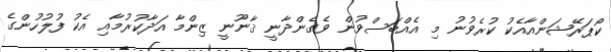
ކޯޕަރޭޝަންއާއެކު ކުރެވުނު މި އެއްބަސްވުން ވެގެންދާނީ ޤާނޫނީ ޒިންމާ އަދާކުރުމާއި އެކު ފުލުހުންގެ